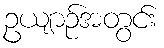
ဥယျာဉ်အတွင်း